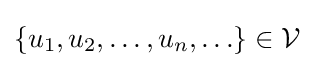
\left\{u_{1},u_{2},\ldots ,u_{n},\ldots \right\}\in {\mathcal {V}}